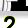
Digit: 2